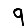
Digit: 9